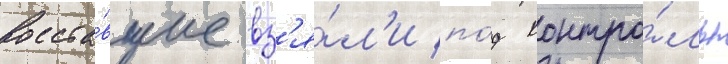
Восста́вшие вз'я́л'и по́д контро́ль